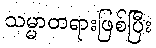
သမ္မာတရားဖြစ်ပြီး